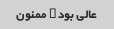
عالى بود … ممنون